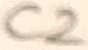
Text: C2